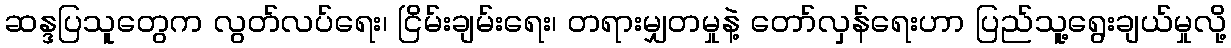
ဆန္ဒပြသူတွေက လွတ်လပ်ရေး၊ ငြိမ်းချမ်းရေး၊ တရားမျှတမှုနဲ့ တော်လှန်ရေးဟာ ပြည်သူ့ရွေးချယ်မှုလို့